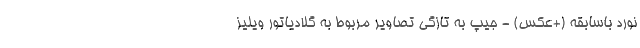
نورد باسابقه (+عکس) - جیپ به تازگی تصاویر مربوط به گلادیاتور ویلیز